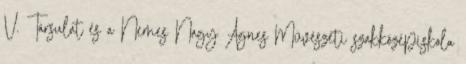
V. Társulat és a Nemes Nagy Ágnes Művészeti szakközépiskola